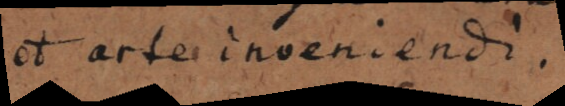
et arte inveniendi.